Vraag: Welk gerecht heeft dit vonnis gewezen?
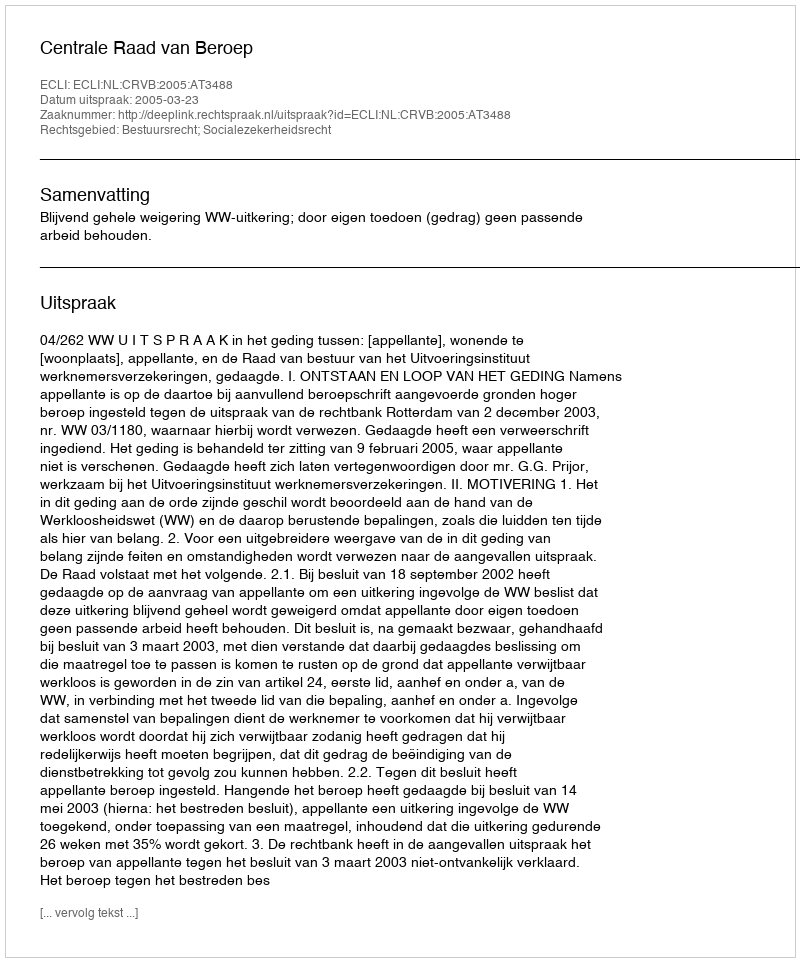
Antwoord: Centrale Raad van Beroep